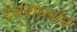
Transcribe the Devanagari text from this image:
देशबांधवोने